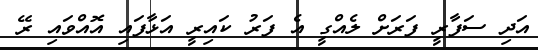
އަދި ސަފާރީ ފަރަށް ލެއްގީ އެ ފަރު ކައިރީ އަޅާފައި އޮއްވައި ރޭ